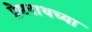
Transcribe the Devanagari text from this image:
प्रेमनाथच्या